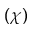
( \chi )